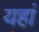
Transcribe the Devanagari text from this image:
यहां